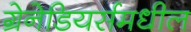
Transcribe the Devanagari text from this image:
ग्रेनेडियर्समधील